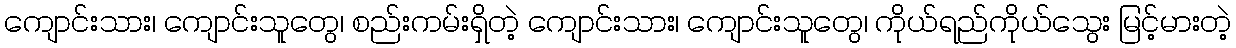
ကျောင်းသား၊ ကျောင်းသူတွေ၊ စည်းကမ်းရှိတဲ့ ကျောင်းသား၊ ကျောင်းသူတွေ၊ ကိုယ်ရည်ကိုယ်သွေး မြင့်မားတဲ့